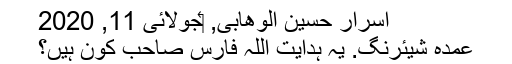
اسرار حسین الوھابی, ‏جولائی 11, 2020
عمدہ شیئرنگ. یہ ہدایت اللہ فارس صاحب کون ہیں؟